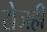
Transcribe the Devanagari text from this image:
रोजही